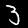
Label: 3